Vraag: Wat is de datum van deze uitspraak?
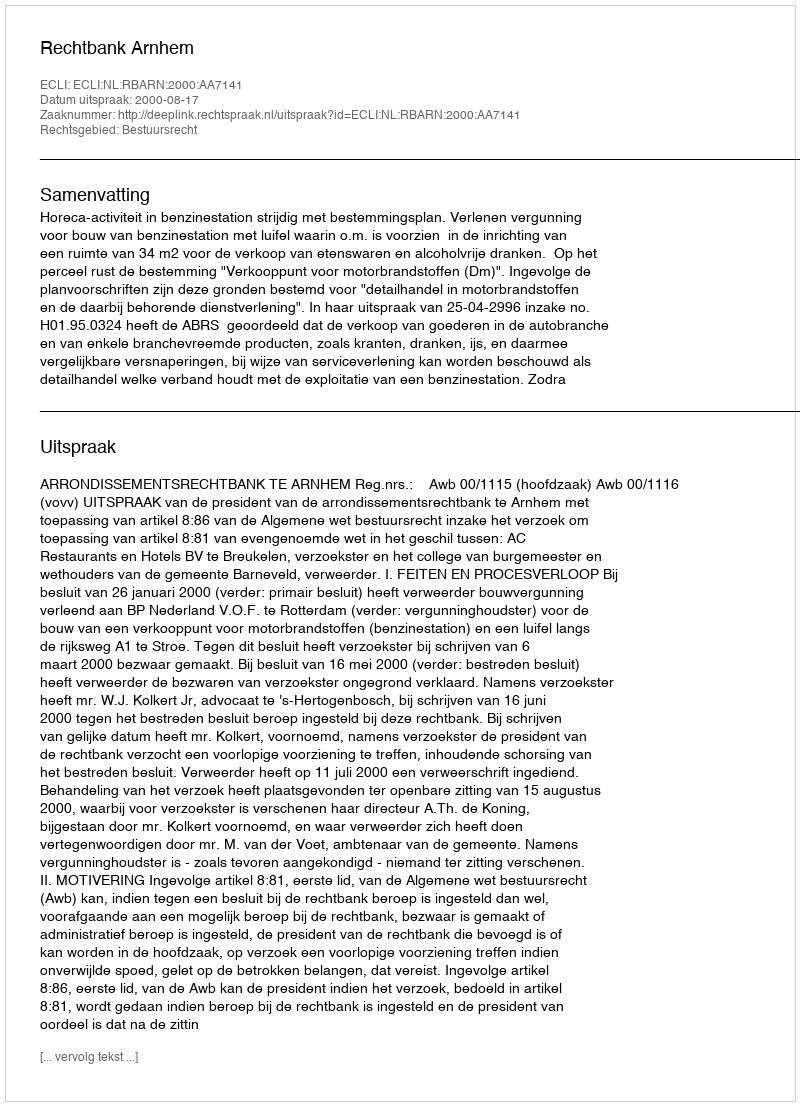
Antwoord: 2000-08-17